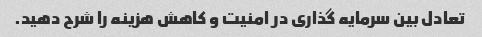
تعادل بین سرمایه گذاری در امنیت و کاهش هزینه را شرح دهید.